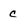
Character: c